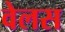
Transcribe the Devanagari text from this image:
वेलस